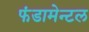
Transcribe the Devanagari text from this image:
फंडामेन्टल